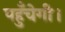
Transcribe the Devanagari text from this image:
पहुँचेगी।